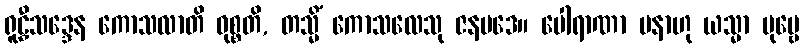
ရူဠှီသဒ္ဒေန ကောသလာတိ ဝုစ္စတိ, တသ္မိံ ကောသလေသု ဇနပဒေ။ ပေါရာဏာ ပနာဟု ယသ္မာ ပုဗ္ဗေ